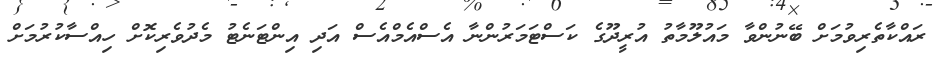
ރައްކާތެރިވުމަށް ބޭނުންވާ މައުލޫމާތު އުރީދޫގެ ކަސްޓަމަރުންނާ އެސްއެމްއެސް އަދި އިންޓަނެޓު މެދުވެރިކޮށް ހިއްސާކުރުމަށް